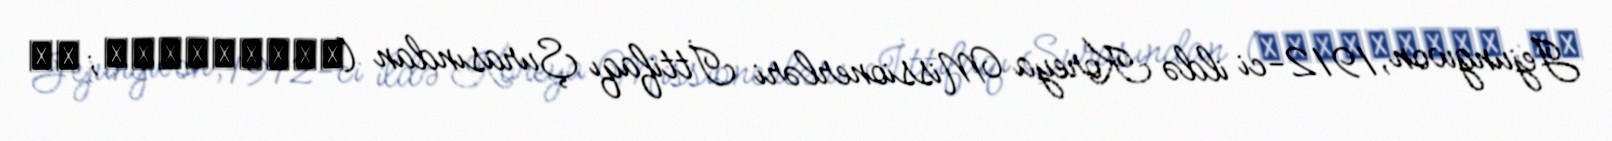
Jejungwon, 1912-ci ildə Koreya Missionerləri İttifaqı Şurasından (한국연합선교협의회; 韓國